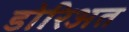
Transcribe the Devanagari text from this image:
डोरिअत